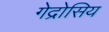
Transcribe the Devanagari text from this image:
गेद्रोसिय